Jaan_Tonisson_(Lasteleht), lk 341
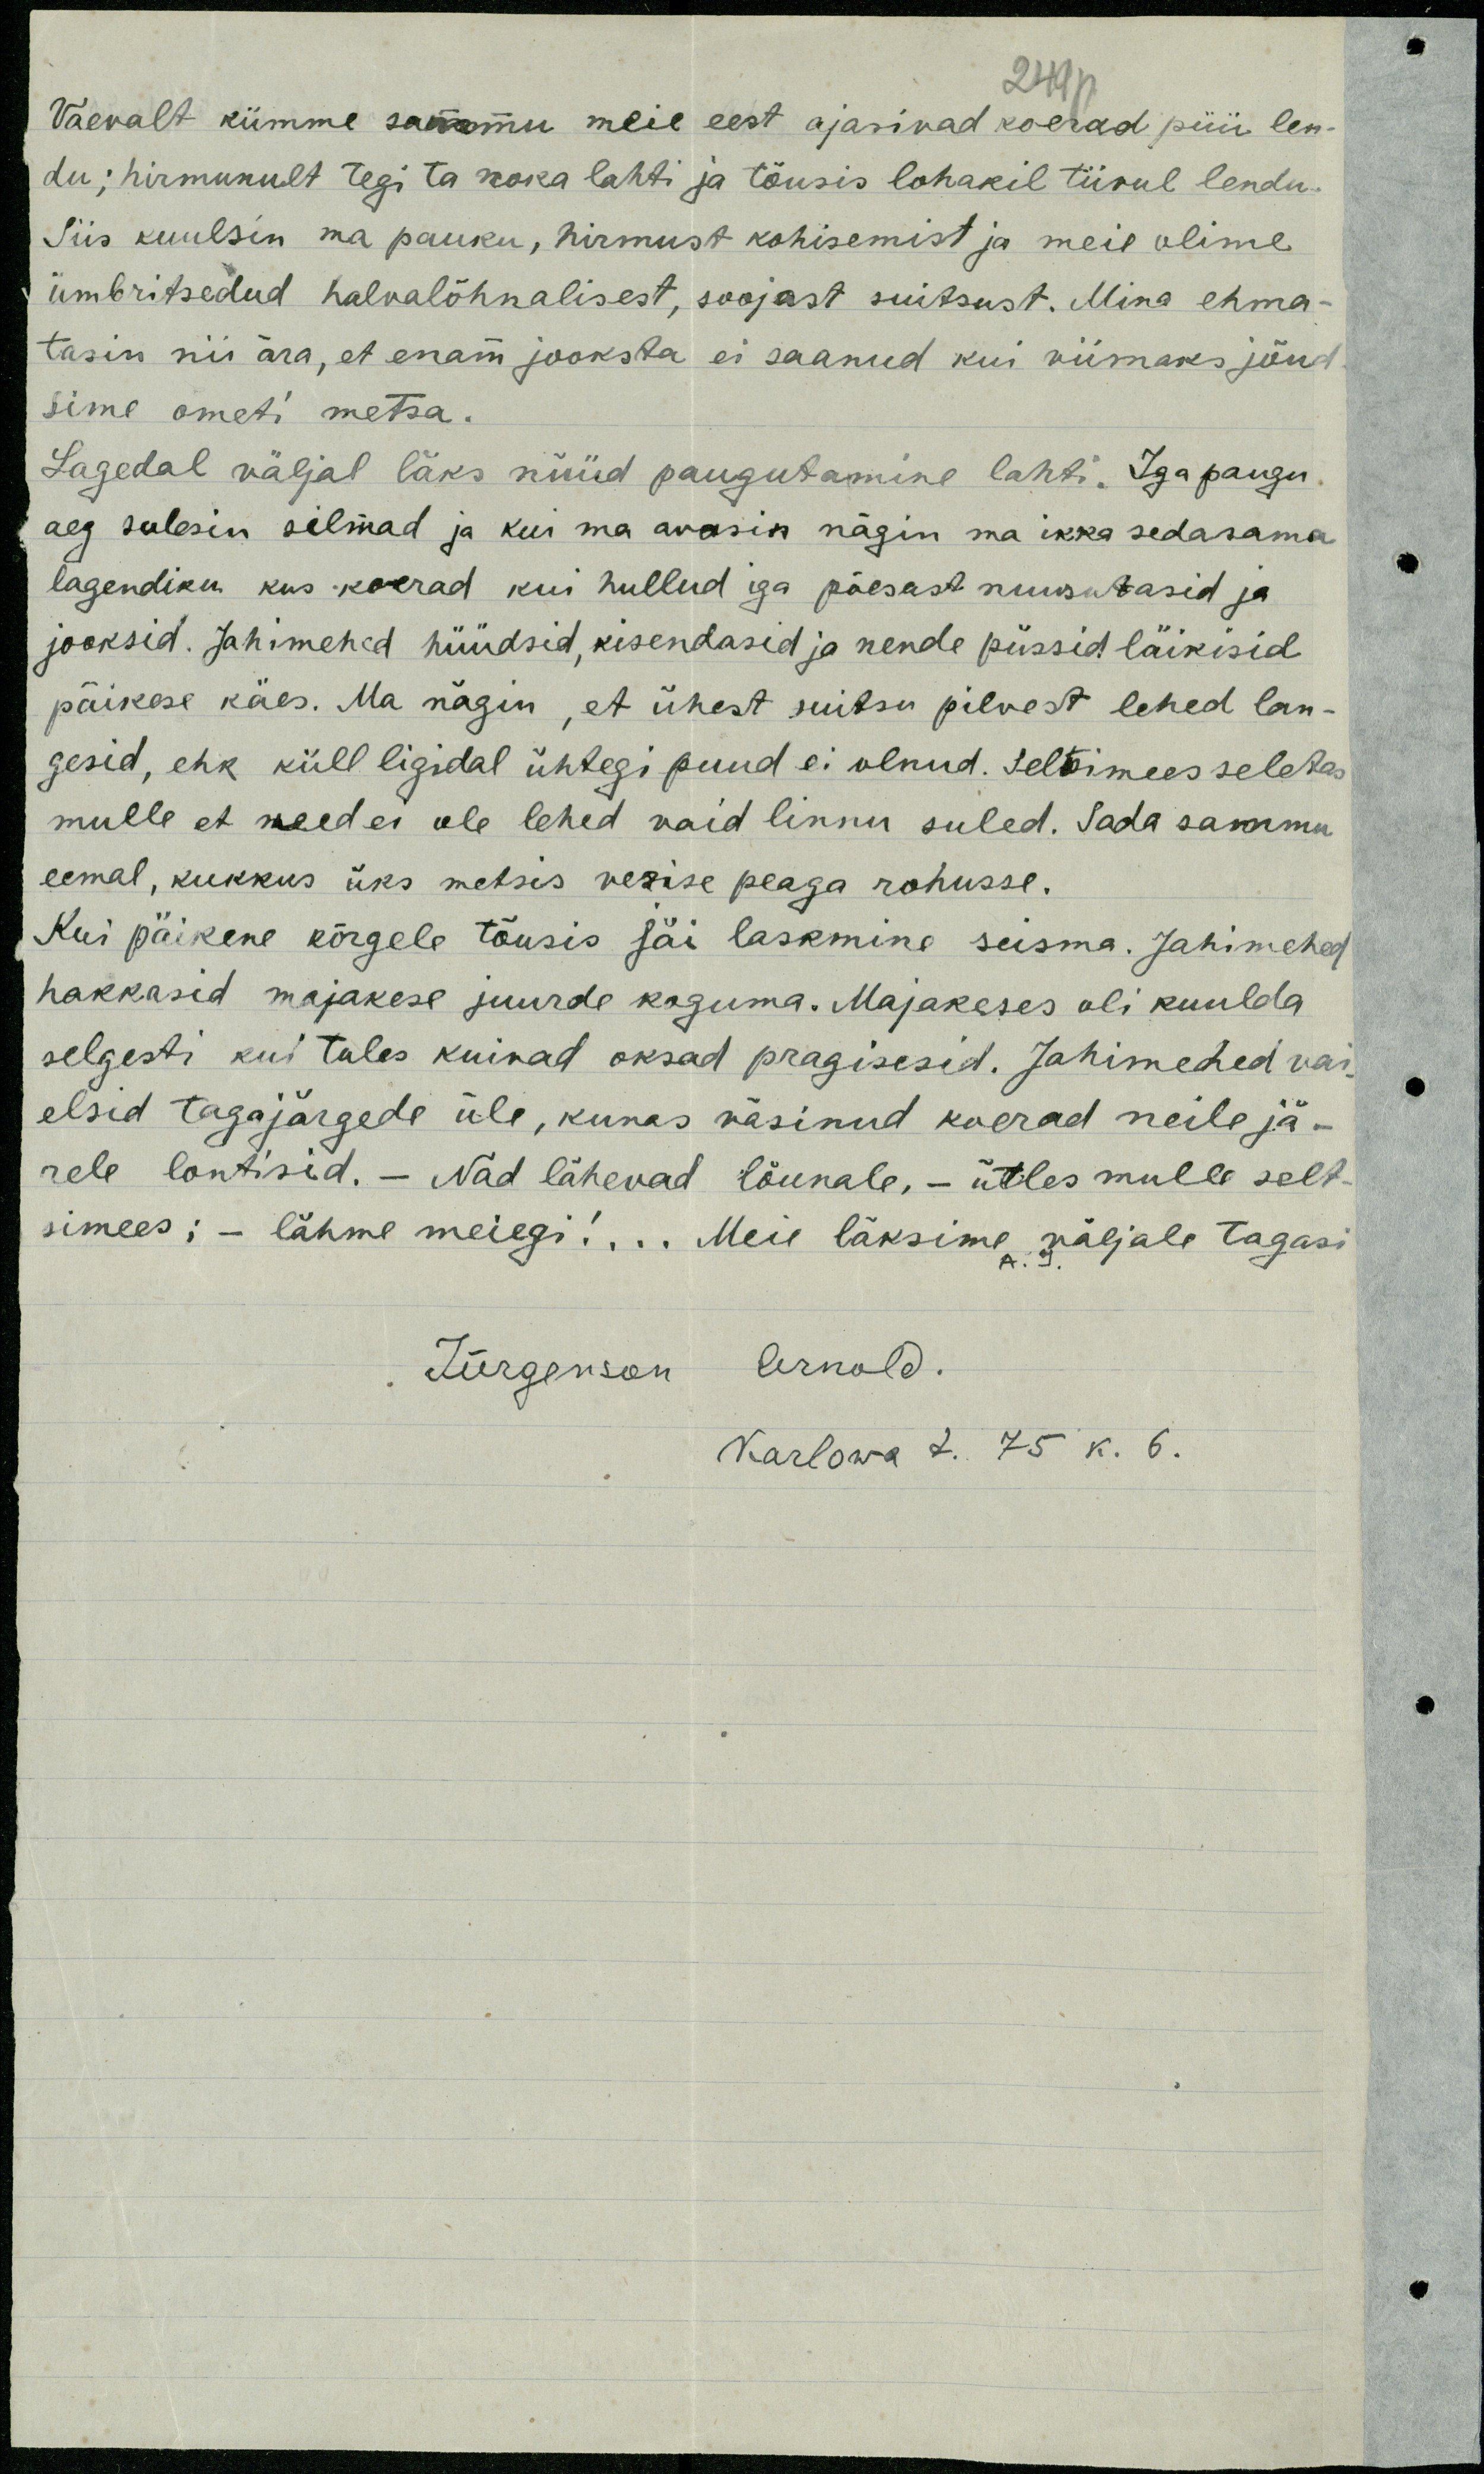
2491
Vaevalt kümme saammu meie eest ajasivad koerad püü len-
du; hirmunult tegi ta noka lahti ja tõusis lohakil tiivul lendu.
Siis kuulsin ma pauku, hirmust kohisemist ja meie olime
ümbritsedud halvalõhinalisest, soojast suitsust. Mina ehma-
tasin nii ära, et enam jooksta ei saanud kui viimaks jõud
sime ometi metsa.
Lagedal väljal läks nüüd paugutamine lahti. Iga paugu.
aeg sulesin silmad ja kui ma avasin nägin ma ikka sedasama
lagendiku kus koerad kui hullud iga põesast nuusutasid ja
jooksid. Jahimehed hüüdsid, kisendasid ja nende püssid läikisid
päikese käes. Ma nägin, et ühest suitsu pilvest lehed lan-
gesid, ehk küll ligidal ühtegi puud ei olnud. Seltimees seletas
mulle et need ei ole lehed vaid linnu suled. Sada sammu
eemal, kukkus üks metsis verise peaga rohusse.
Kui päikene kõrgele tõusis jäi laskmine seisma. Jahimehed
hakkasid majakese juurde koguma. Majakeses oli kuulda
selgesti kui tules kuivad oksad pragisesid. Jahimehed vai-
elsid tagajärgede üle, kunas väsinud koerad neile jä-
rele lontisid. - Nad lähevad lõunale, - ütles mulle selt-
simees; - lähme meiegi!... Meie läksime väljale tagasi
A. J.
Jürgenson Arnold.
Karlowa t. 75 k. 6.